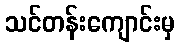
သင်တန်းကျောင်းမှ